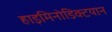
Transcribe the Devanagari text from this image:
हाइमिनोडिक्टयान